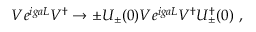
V e ^ { i g a L } V ^ { \dagger } \to \pm U _ { \pm } ( 0 ) V e ^ { i g a L } V ^ { \dagger } U _ { \pm } ^ { \dagger } ( 0 ) \ ,